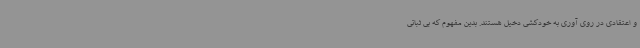
و اعتقادی در روی آوری به خودکشی دخیل هستند. بدین مفهوم که بی ثباتی